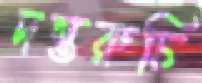
দন্তরুচি